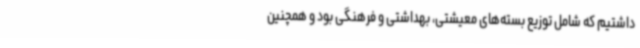
داشتیم که شامل توزیع بسته‌های معیشتی، بهداشتی و فرهنگی بود و همچنین